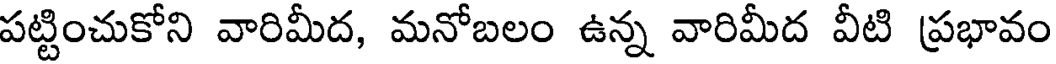
పట్టించుకోని వారిమీద, మనోబలం ఉన్న వారిమీద వీటి ప్రభావం